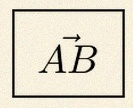
\vec{AB}